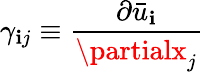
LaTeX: \gamma_{\mathbf{i}j}\equiv\frac{{\partial\bar{{u}}_{\mathbf{i}}}}{{\partialx_{j}}}